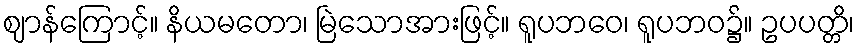
ဈာန်ကြောင့်။ နိယမတော၊ မြဲသောအားဖြင့်။ ရူပဘဝေ၊ ရူပဘဝ၌။ ဥပပတ္တိ၊